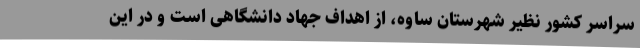
سراسر کشور نظیر شهرستان ساوه، از اهداف جهاد دانشگاهی است و در این